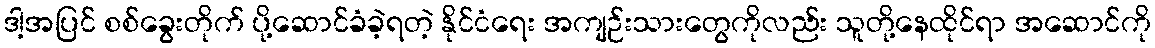
ဒါ့အပြင် စစ်ခွေးတိုက် ပို့ဆောင်ခံခဲ့ရတဲ့ နိုင်ငံရေး အကျဉ်းသားတွေကိုလည်း သူတို့နေထိုင်ရာ အဆောင်ကို